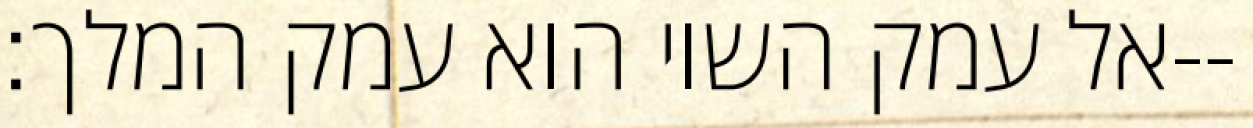
אל עמק השוי הוא עמק המלך׃--